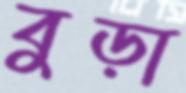
বুড়া